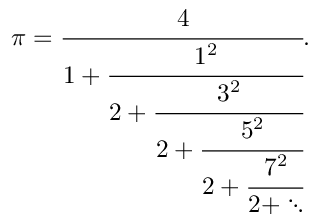
\pi = { \cfrac { 4 } { 1 + { \cfrac { 1 ^ { 2 } } { 2 + { \cfrac { 3 ^ { 2 } } { 2 + { \cfrac { 5 ^ { 2 } } { 2 + { \cfrac { 7 ^ { 2 } } { 2 + \ddots } } } } } } } } } } .